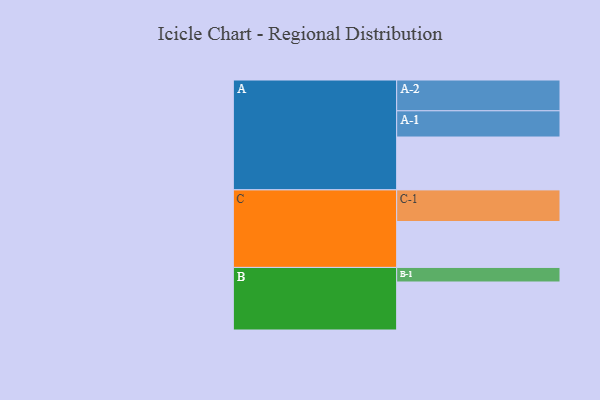
{"axis": {"x": "Segment", "y": "Value"}, "legend": ["", "A", "B", "C"], "data": [{"x": "A", "y": 381, "type": ""}, {"x": "B", "y": 346, "type": ""}, {"x": "C", "y": 331, "type": ""}, {"x": "A-1", "y": 189, "type": "A"}, {"x": "A-2", "y": 222, "type": "A"}, {"x": "B-1", "y": 105, "type": "B"}, {"x": "C-1", "y": 228, "type": "C"}]}